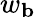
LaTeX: w_{\mathbf{b}}